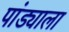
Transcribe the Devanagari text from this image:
पांड्याला